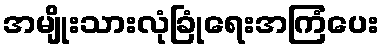
အမျိုးသားလုံခြုံရေးအကြံပေး